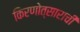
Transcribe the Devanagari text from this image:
किरणोत्साराची